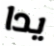
يدا